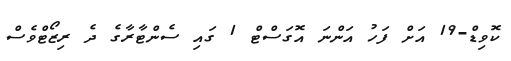
ކޮވިޑް-19 އަށް ފަހު އަންނަ އޮގަސްޓް 1 ގައި ސެންޓާރާގެ ދެ ރިޒޯޓްވެސް